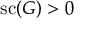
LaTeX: \operatorname { s c } ( G ) > 0